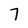
Character: 7